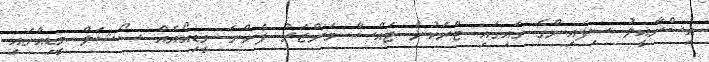
އިސްރާއީލު ސިފައިންގެ ގައިގައި ޓްރަކުން ޖައްސާ މަންޒަރު ފެންނަ ވީޑިއޯއެއް ސޯޝަލް މީޑިއާގައި